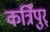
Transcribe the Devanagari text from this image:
कर्त्रिपुर्